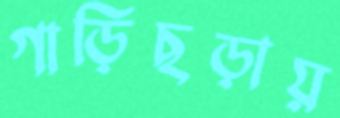
গাড়িছড়ায়